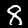
Digit: 8